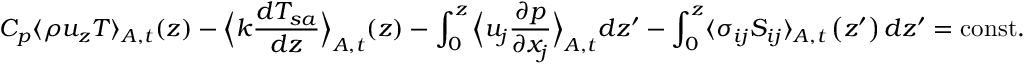
C _ { p } \langle \rho u _ { z } T \rangle _ { A , t } ( z ) - \Big \langle k \frac { d T _ { s a } } { d z } \Big \rangle _ { A , t } ( z ) - \int _ { 0 } ^ { z } \Big \langle u _ { j } \frac { \partial p } { \partial x _ { j } } \Big \rangle _ { A , t } d z ^ { \prime } - \int _ { 0 } ^ { z } \langle \sigma _ { i j } S _ { i j } \rangle _ { A , t } \left( z ^ { \prime } \right) d z ^ { \prime } = \mathrm { c o n s t . }